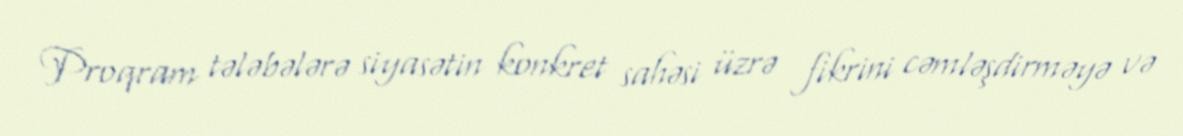
Proqram tələbələrə siyasətin konkret sahəsi üzrə fikrini cəmləşdirməyə və